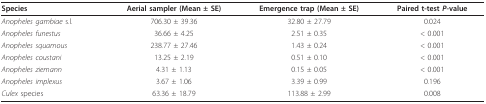
| Species | Aerial sampler (Mean ± SE) | Emergence trap (Mean ± SE) | Paired t-test P-value |
 | --- | --- | --- | --- |
 | Anopheles gambiae s.l. | 706.30 ± 39.36 | 32.80 ± 27.79 | 0.024 |
 | Anopheles funestus | 36.66 ± 4.25 | 2.51 ± 0.35 | < 0.001 |
 | Anopheles squamous | 238.77 ± 27.46 | 1.43 ± 0.24 | < 0.001 |
 | Anopheles coustani | 13.25 ± 2.19 | 0.51 ± 0.10 | < 0.001 |
 | Anopheles ziemann | 4.31 ± 1.13 | 0.15 ± 0.05 | < 0.001 |
 | Anopheles implexus | 3.67 ± 1.06 | 3.39 ± 0.99 | 0.196 |
 | Culex species | 63.36 ± 18.79 | 113.88 ± 2.99 | 0.008 |